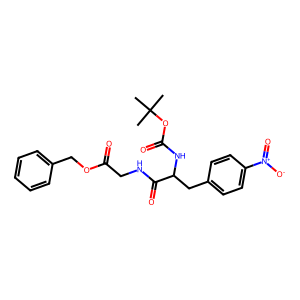
SMILES: CC(C)(C)OC(=O)NC(Cc1ccc([N+](=O)[O-])cc1)C(=O)NCC(=O)OCc1ccccc1
Inhibits HIV replication: No